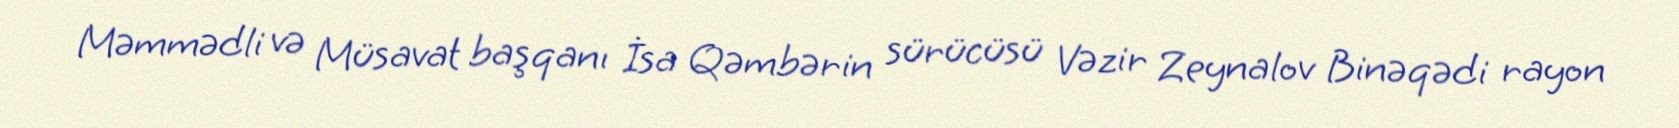
Məmmədli və Müsavat başqanı İsa Qəmbərin sürücüsü Vəzir Zeynalov Binəqədi rayon